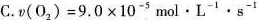
C.$$v(O_{2})=9.0\times 10^{-5}mol\cdot L^{-1}\cdot s^{-1}$$